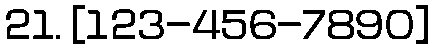
21. [123-456-7890]